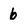
Character: b